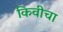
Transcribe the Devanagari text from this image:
किवीचा